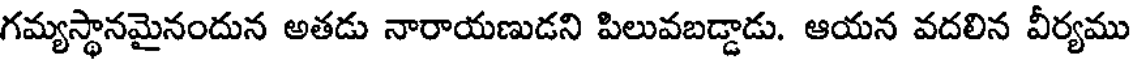
గమ్యస్థానమైనందున అతడు నారాయణుడని పిలువబడ్డాడు. ఆయన వదలిన వీర్యము